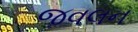
જવલન